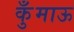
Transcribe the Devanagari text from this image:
कुँमाऊ